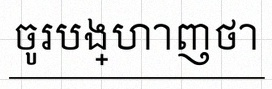
ចូរបង្ហាញថា